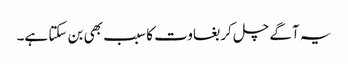
یہ آگے چل کر بغاوت کا سبب بھی بن سکتا ہے۔